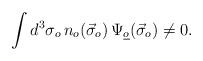
LaTeX: \begin{align*}\int d^3\sigma_o\,n_o(\vec{\sigma}_o)\,\Psi_{\underline{o}}(\vec{\sigma}_o)\neq 0. \end{align*}